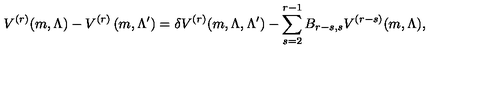
V ^ { ( r ) } ( m , \Lambda ) - V ^ { ( r ) } \left( m , \Lambda ^ { \prime } \right) = { \delta V ^ { ( r ) } ( m , \Lambda , \Lambda ^ { \prime } ) - \sum _ { s = 2 } ^ { r - 1 } B _ { r - s , s } V ^ { ( r - s ) } ( m , \Lambda ) } ,